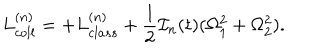
L _ { c o l l } ^ { ( n ) } = + L _ { c l a s s } ^ { ( n ) } + \frac { 1 } { 2 } { \cal I } _ { n } ( t ) ( \Omega _ { 1 } ^ { 2 } + \Omega _ { 2 } ^ { 2 } ) .